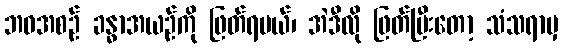
ဘဝအစဉ် ခန္ဓာအယဉ်ကို ဖြတ်ရမယ်၊ အဲဒီလို ဖြတ်ပြီးတော့ သံသရာမှ